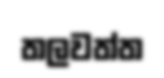
තලවත්ත